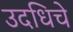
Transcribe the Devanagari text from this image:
उदधिचे